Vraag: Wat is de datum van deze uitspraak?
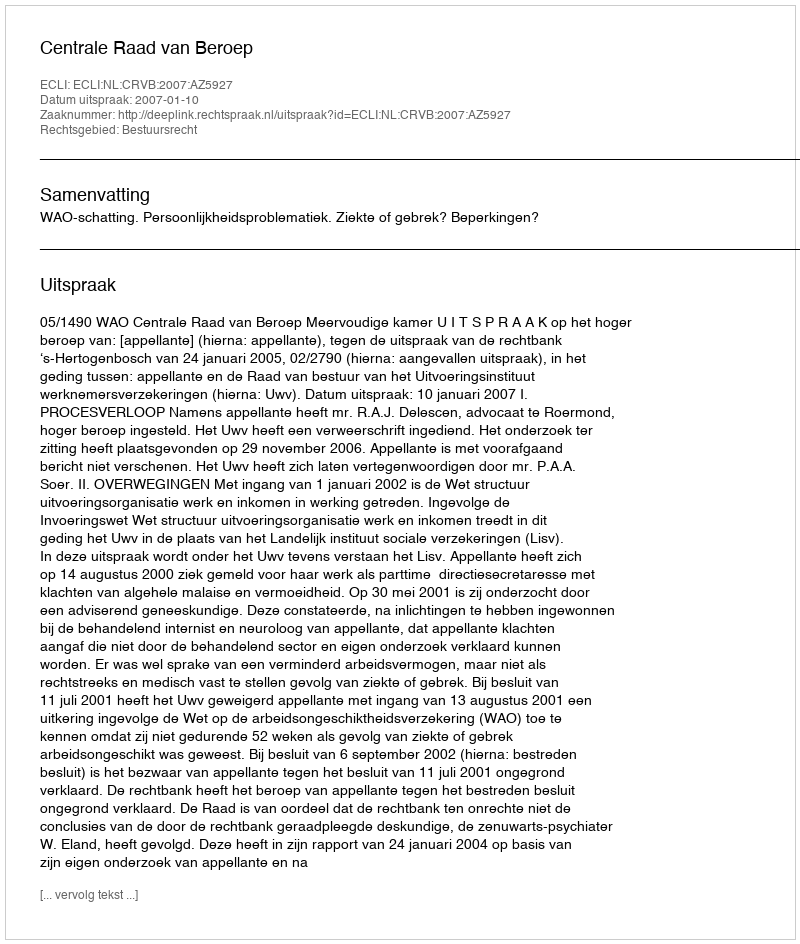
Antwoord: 2007-01-10